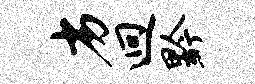
劣迥黔